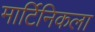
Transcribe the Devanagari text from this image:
मार्टिनिकला